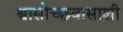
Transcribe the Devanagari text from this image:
श्वासोच्छवासाशी